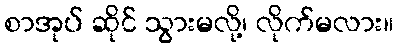
စာအုပ် ဆိုင် သွားမလို့၊ လိုက်မလား။